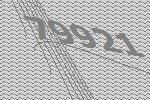
79921